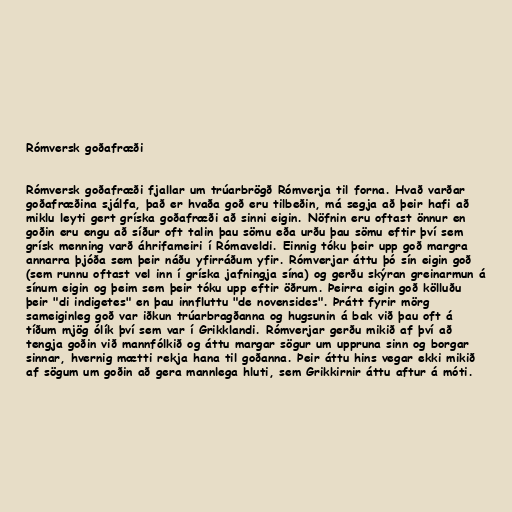
Rómversk goðafræði

Rómversk goðafræði fjallar um trúarbrögð Rómverja til forna. Hvað varðar
goðafræðina sjálfa, það er hvaða goð eru tilbeðin, má segja að þeir hafi að
miklu leyti gert gríska goðafræði að sinni eigin. Nöfnin eru oftast önnur en
goðin eru engu að síður oft talin þau sömu eða urðu þau sömu eftir því sem
grísk menning varð áhrifameiri í Rómaveldi. Einnig tóku þeir upp goð margra
annarra þjóða sem þeir náðu yfirráðum yfir. Rómverjar áttu þó sín eigin goð
(sem runnu oftast vel inn í gríska jafningja sína) og gerðu skýran greinarmun á
sínum eigin og þeim sem þeir tóku upp eftir öðrum. Þeirra eigin goð kölluðu
þeir "di indigetes" en þau innfluttu "de novensides". Þrátt fyrir mörg
sameiginleg goð var iðkun trúarbragðanna og hugsunin á bak við þau oft á
tíðum mjög ólík því sem var í Grikklandi. Rómverjar gerðu mikið af því að
tengja goðin við mannfólkið og áttu margar sögur um uppruna sinn og borgar
sinnar, hvernig mætti rekja hana til goðanna. Þeir áttu hins vegar ekki mikið
af sögum um goðin að gera mannlega hluti, sem Grikkirnir áttu aftur á móti.